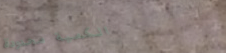
الكمية محدودة